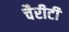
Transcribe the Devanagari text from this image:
चैरीटी